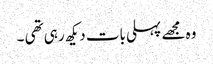
وہ مجھے پہلی بات دیکھ رہی تھی ۔